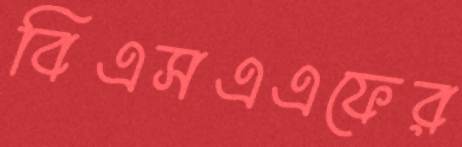
বিএসএএফের